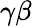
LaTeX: \gamma\beta